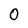
Character: 0